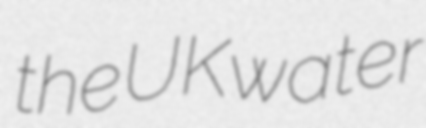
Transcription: the UK water